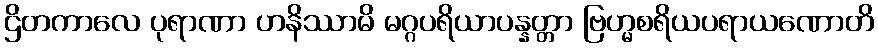
ဌိတကာလေ ပုရာဏာ ဟနိဿာမိ မဂ္ဂပရိယာပန္နတ္တာ ဗြဟ္မစရိယပရာယဏောတိ